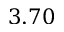
3 . 7 0